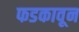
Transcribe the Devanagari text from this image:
फडकावून